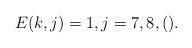
LaTeX: \begin{align*}E(k,j) = 1,j = 7,8,().\end{align*}